Report of the Municipal Commissioner on the plague in Bombay for the year ending 31st May... - Volume 2
Disease focus: Plague
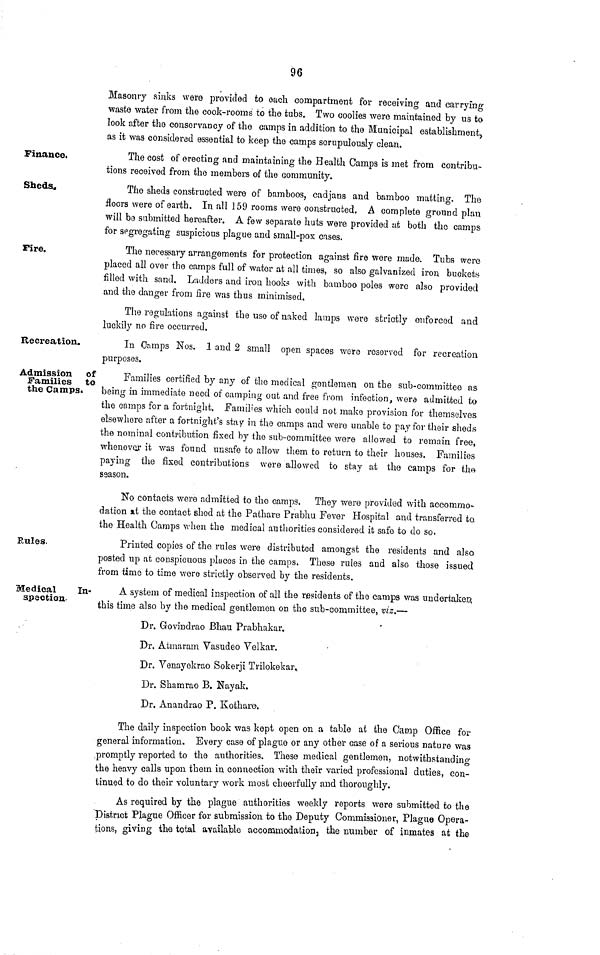
96
Masonry sinks were provided to each compartment for receiving and carrying
waste water from the cook-rooms to the tubs. Two coolies were maintained by us to
look after the conservancy of the camps in addition to the Municipal establishment,
as it was considered essential to keep the camps scrupulously clean.
Finance.
The cost of erecting and maintaining the Health Camps is met from contribu-
tions received from the members of the community.
Sheds.
The sheds constructed were of bamboos, cadjans and bamboo matting. The
floors were of earth. In all 159 rooms were constructed. A complete ground plan
will be submitted hereafter. A few separate huts were provided at both the camps
for segregating suspicious plague and small-pox cases.
Pire.
The necessary arrangements for protection against fire were made. Tubs were
placed all over the camps full of water at all times, so also galvanized iron buckets
filled with sand. Ladders and iron hook? with bamboo poles were also provided
and the danger from fire was thus minimised.
The regulations against the use of naked lamps were strictly enforced and
luckily no fire occurred.
Recreation.
In Camps Nos. 1 and 2 small open spaces were reserved for recreation
purposes.
Admission of
Families to
the Camps«
Families certified by any of tlie medical gentlemen on the sub-committee as
being in immediate need of camping out and free from infection, were admitted to
the camps for a fortnight. Families which could not make provision for themselves
elsewhere after a fortnight's stay in the camps and were unable to pay for their sheds
the nominal contribution fixed by the sub-committee were allowed to remain free,
whenever it was found unsafe to allow them to return to their houses. Families
paying the fixed contributions were allowed to stay at the camps for the
ssason.
No contacts were admitted to the camps. They were provided with accommo-
dation »t the contact shed at the Pathare Prabhu Fever Hospital and transferred to
the Health Camps when the medical authorities considered it safe to do so.
Rules.
Printed copies of the rules were distributed amongst the residents and also
posted up at conspicuous places in the camps. These rules and also those issued
from time to time were strictly observed by the residents.
Medical
In-
spection.
A system of medical inspection of all the residents of the camps was undertaken;
this time also by the medical gentlemen on the sub-committee, viz.—
Dr. Govindrao Bhau Prabhakar.
Dr. Atmaram Vasudeo Yelkar.
Dr. Venayekrao Sokerji Trilokekar*
Dr. Shamrao B. Nayak.
Dr. Anandrao P. Kothare.
The daily inspection book was kept open on a table at the Camp Office for
general information. Every case of plague or any other case of a serious nature was
promptly reported to the authorities. These medical gentlemen, notwithstanding
the heavy calls upon them in connection with their varied professional duties, con-
tinued to do their voluntary work most cheerfully and thoroughly.
As required by the plague authorities weekly reports were submitted to the
District Plague Officer for submission to the Deputy Commissioner, Plague Opera-
tions, giving the total ayailable accommodation, the number of inmates at the